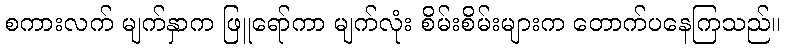
စကားလက် မျက်နှာက ဖြူရော်ကာ မျက်လုံး စိမ်းစိမ်းများက တောက်ပနေကြသည်။